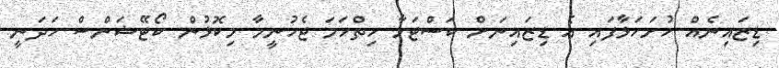
ޑިޒައިނެއް ހުށަހަޅާފައި އެ ޑިޒައިނަށް ކަސްޓަމާ ހިތްހަމަ ޖެހުނީމާ މިކޮޅުން ކޯޓޭޝަންސް ހަދަނީ